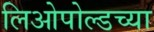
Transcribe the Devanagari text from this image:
लिओपोल्डच्या